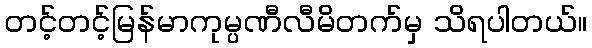
တင့်တင့်မြန်မာကုမ္ပဏီလီမိတက်မှ သိရပါတယ်။